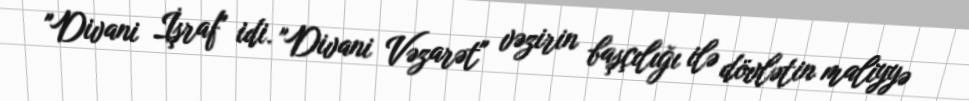
"Divani İşraf" idi. "Divani Vəzarət" vəzirin başçılığı ilə dövlətin maliyyə